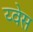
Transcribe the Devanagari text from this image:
य्वेस